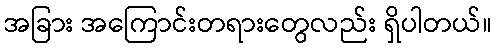
အခြား အကြောင်းတရားတွေလည်း ရှိပါတယ်။